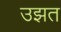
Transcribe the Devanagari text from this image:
उझत